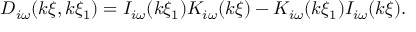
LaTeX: D _ { i \omega } ( k \xi , k \xi _ { 1 } ) = I _ { i \omega } ( k \xi _ { 1 } ) K _ { i \omega } ( k \xi ) - K _ { i \omega } ( k \xi _ { 1 } ) I _ { i \omega } ( k \xi ) .